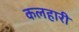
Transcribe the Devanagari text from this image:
कलहारी